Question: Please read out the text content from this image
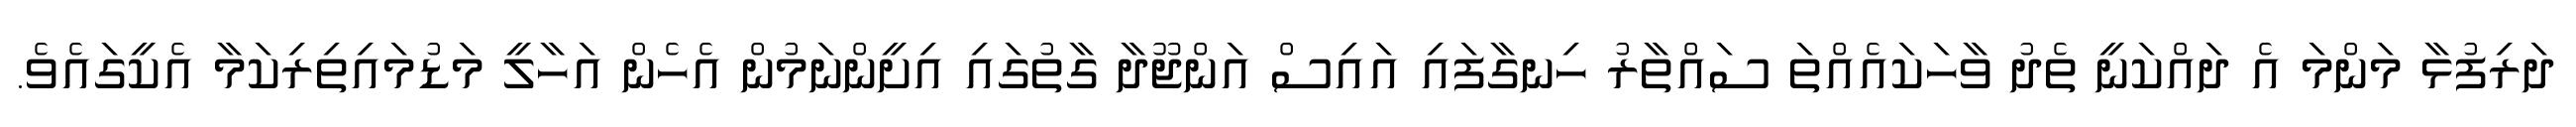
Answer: ދަރިފުޅާ މަންމަ އެ ދައްކަނީ ތެދު ވާހަކައެއްތަ ސައްތާރު ހިނގާފައި އައިސް އަންޖޫދާ ގާތުގައި އިށީންނަމުން އެހެން އަހާލީ މަޑުމައިތިރިކަމާ އެކީގައެވެ.